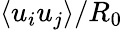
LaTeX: \langle u_{i}u_{j}\rangle/R_{0}